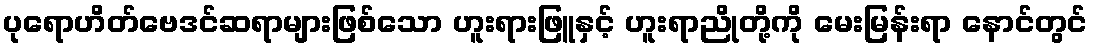
ပုရောဟိတ်ဗေဒင်ဆရာများဖြစ်သော ဟူးရားဖြူနှင့် ဟူးရာညိုတို့ကို မေးမြန်းရာ နောင်တွင်